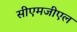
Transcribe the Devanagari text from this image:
सीएमजीएल